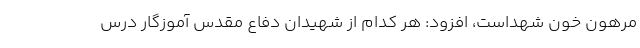
مرهون خون شهداست، افزود: هر کدام از شهیدان دفاع مقدس آموزگار درس